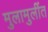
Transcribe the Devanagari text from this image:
मुलामुलींत